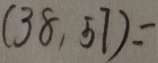
( 3 8 , 5 7 ) =